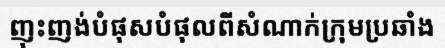
ញុះញង់បំផុសបំផុលពីសំណាក់ក្រុមប្រឆាំង